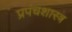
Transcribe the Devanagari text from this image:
प्रपंचशास्त्र